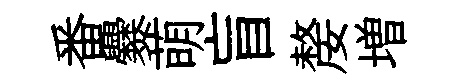
番爨萌盲嫠増